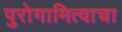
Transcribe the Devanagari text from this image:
पुरोगामित्वाचा